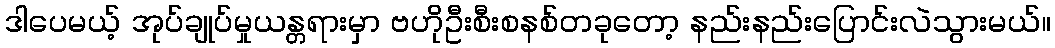
ဒါပေမယ့် အုပ်ချုပ်မှုယန္တရားမှာ ဗဟိုဦးစီးစနစ်တခုတော့ နည်းနည်းပြောင်းလဲသွားမယ်။